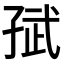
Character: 𭓈